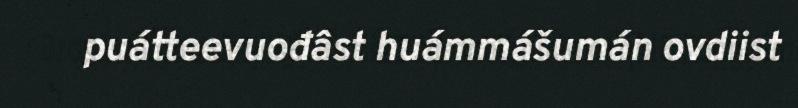
puátteevuođâst huámmášumán ovdiist